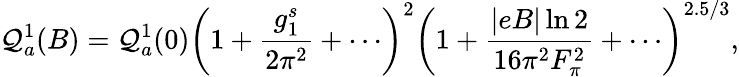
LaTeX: {\cal Q}_{a}^{1}(B)={\cal Q}_{a}^{1}(0)\left(1+{\frac{g_{1}^{s}}{2\pi^{2}}}+\cdots\right)^{2}\left(1+{\frac{\left|eB\right|\ln 2}{16\pi^{2}F_{\pi}^{2}}}+\cdots\right)^{2.5/3},